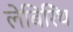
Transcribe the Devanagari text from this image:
लेबिरिंथ